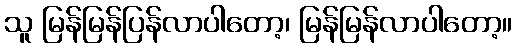
သူ မြန်မြန်ပြန်လာပါတော့၊ မြန်မြန်လာပါတော့။